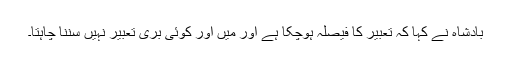
بادشاہ نے کہا کہ تعبیر کا فیصلہ ہوچکا ہے اور میں اور کوئی بری تعبیر نہیں سننا چاہتا۔